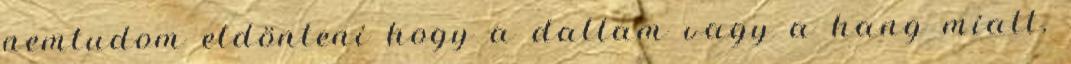
nemtudom eldönteni hogy a dallam vagy a hang miatt.